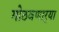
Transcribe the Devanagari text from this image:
गोठवणार्‍या